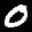
Label: 0